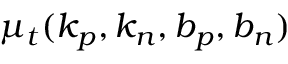
\mu _ { t } ( k _ { p } , k _ { n } , b _ { p } , b _ { n } )